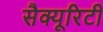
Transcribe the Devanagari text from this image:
सैक्यूरिटी